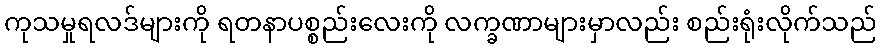
ကုသမှုရလဒ်များကို ရတနာပစ္စည်းလေးကို လက္ခဏာများမှာလည်း စည်းရုံးလိုက်သည်